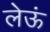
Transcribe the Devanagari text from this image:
लेऊं